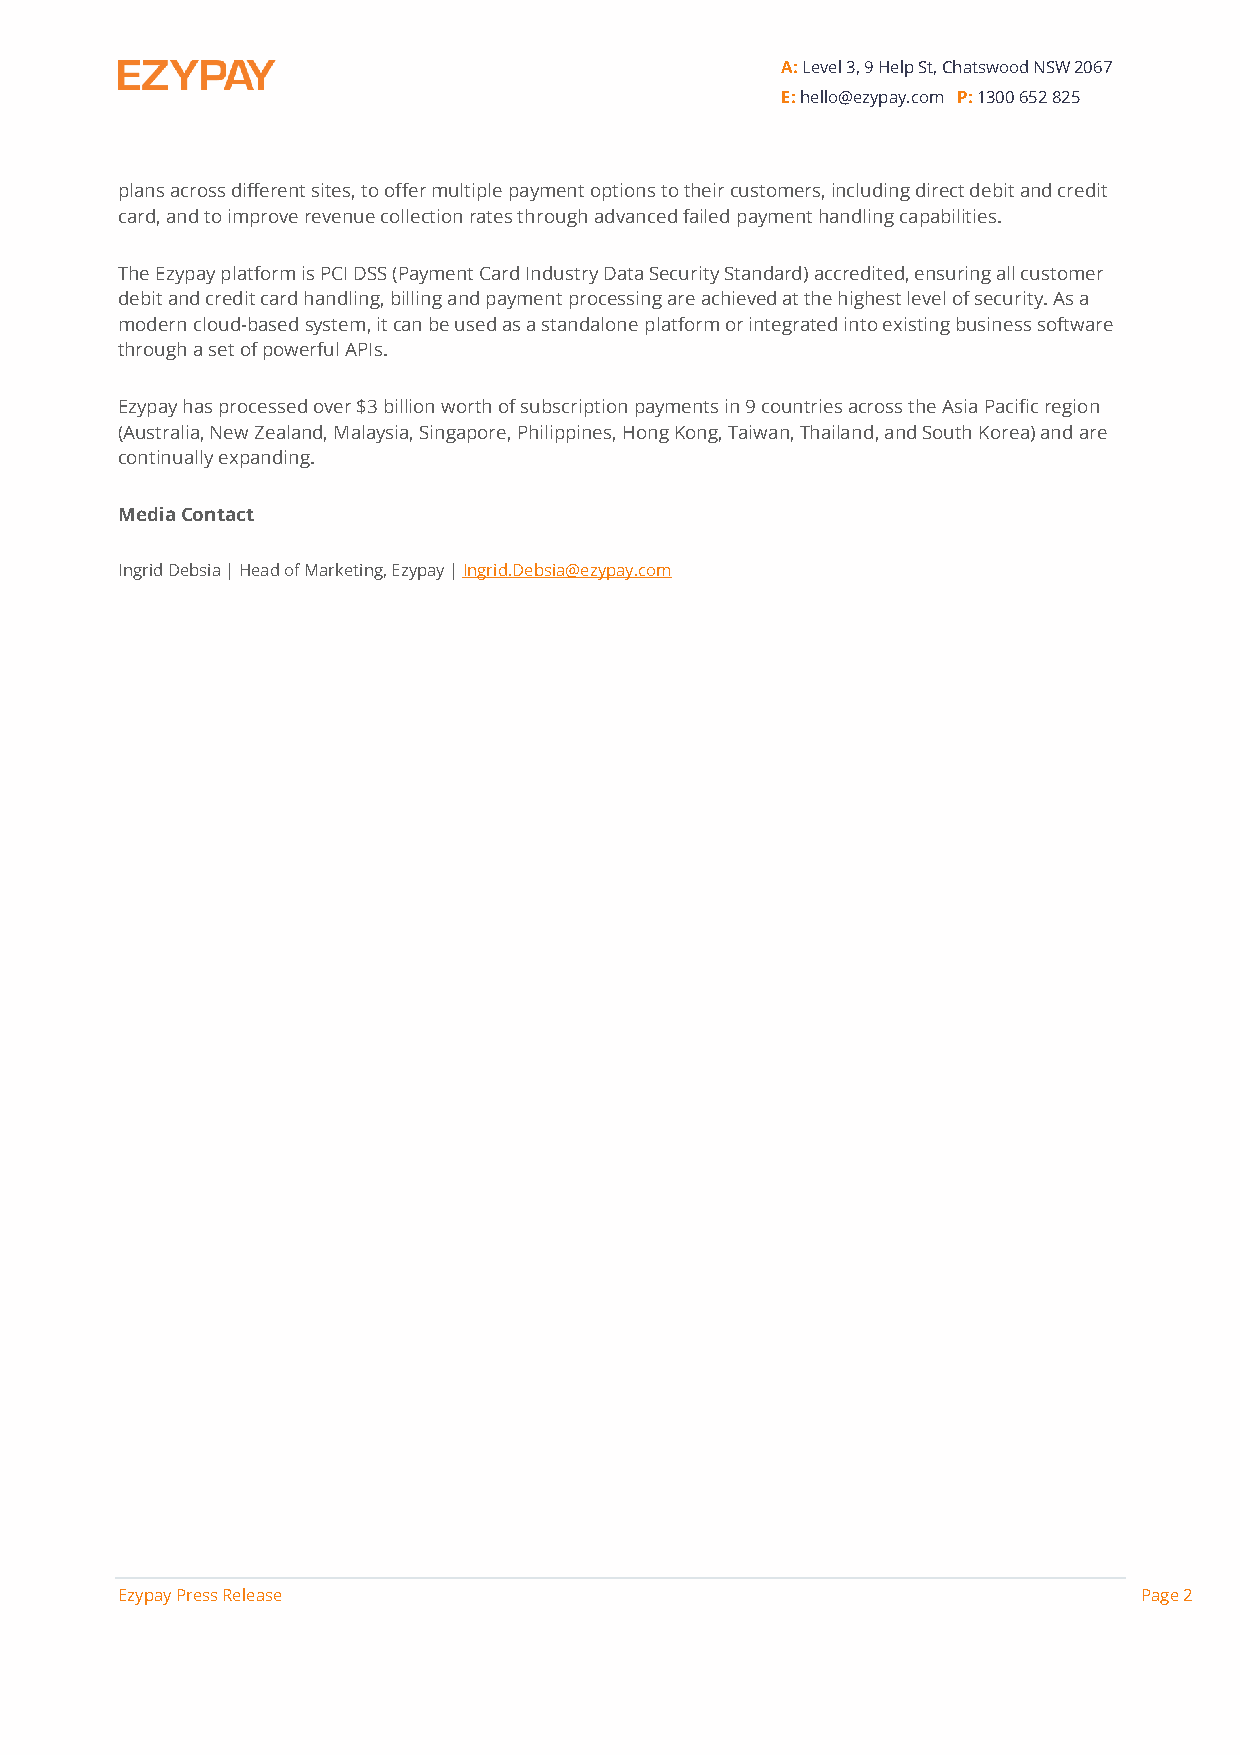
A: Level 3, 9 Help St, Chatswood NSW 2067
 E: hello@ezypay.com P: 1300 652 825
 plans across different sites, to offer multiple payment options to their customers, including direct debit and credit
 card, and to improve revenue collection rates through advanced failed payment handling capabilities.
 The Ezypay platform is PCI DSS (Payment Card Industry Data Security Standard) accredited, ensuring all customer
 debit and credit card handling, billing and payment processing are achieved at the highest level of security. As a
 modern cloud-based system, it can be used as a standalone platform or integrated into existing business software
 through a set of powerful APIs.
 Ezypay has processed over $3 billion worth of subscription payments in 9 countries across the Asia Pacific region
 (Australia, New Zealand, Malaysia, Singapore, Philippines, Hong Kong, Taiwan, Thailand, and South Korea) and are
 continually expanding.
 Media Contact
 Ingrid Debsia | Head of Marketing, Ezypay | Ingrid.Debsia@ezypay.com
 Ezypay Press Release                                                Page 2